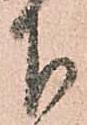
下